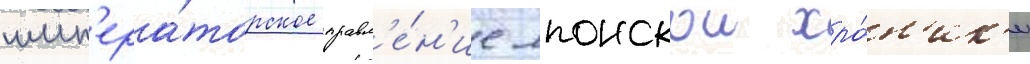
имп'ера́торское правл'е́н'ие японскои хро́н'ик'и